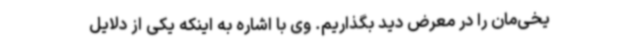
یخی‌مان را در معرض دید بگذاریم. وی با اشاره به اینکه یکی از دلایل